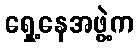
ရှေ့နေအဖွဲ့က